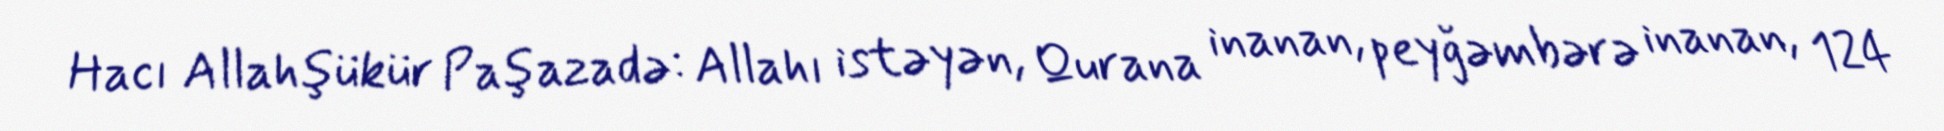
Hacı Allahşükür Paşazadə: Allahı istəyən, Qurana inanan, peyğəmbərə inanan, 124